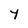
Character: Y